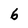
Character: 6